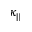
\kappa _ { \| }